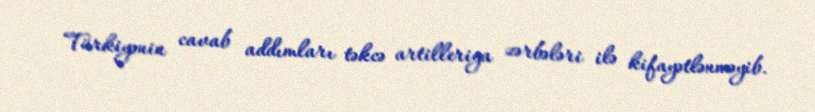
Türkiyənin cavab addımları təkcə artilleriya zərbələri ilə kifayətlənməyib.